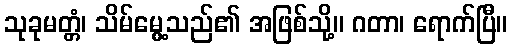
သုခုမတ္တံ၊ သိမ်မွေ့သည်၏ အဖြစ်သို့။ ဂတာ၊ ရောက်ပြီ။